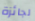
لجائزة